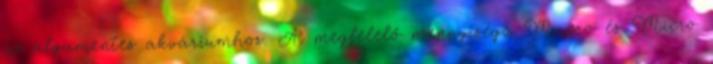
az algamentes akváriumhoz. A megfelelő mennyiségű Macro és Micro